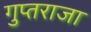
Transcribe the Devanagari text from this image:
गुप्तराजा